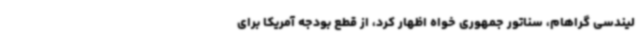
لیندسی گراهام، سناتور جمهوری خواه اظهار کرد، از قطع بودجه آمریکا برای